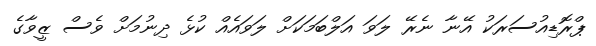
ޕްރޮޑިއުސަރަކު އޭނާ ނެރޭ ލަވަ އަލްބަމަކަށް ލަވައެއް ކުޅެ ދިނުމަށް ވެސް ޒީވާގެ